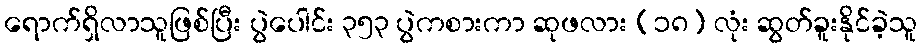
ရောက်ရှိလာသူဖြစ်ပြီး ပွဲပေါင်း ၃၅၃ ပွဲကစားကာ ဆုဖလား (၁၈) လုံး ဆွတ်ခူးနိုင်ခဲ့သူ